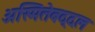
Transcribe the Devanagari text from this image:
अस्मितेबद्दल